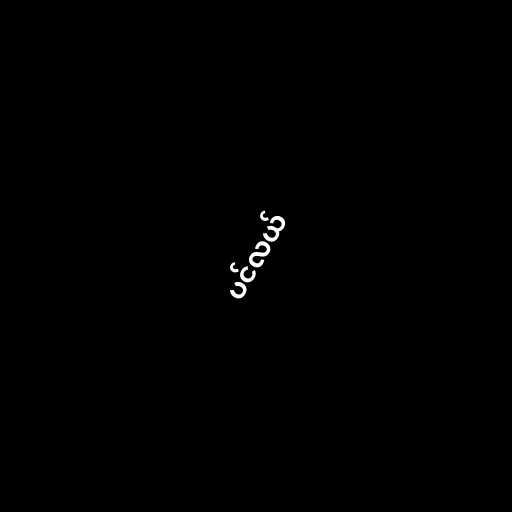
ပင်လယ်